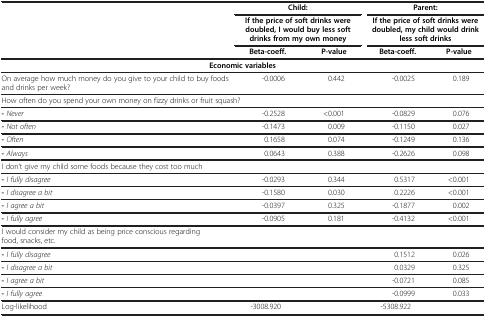
<table><thead><tr><td><b> </b></td><td colspan="2"><b>Child:</b></td><td colspan="2"><b>Parent:</b></td></tr><tr><td><b> </b></td><td colspan="2"><b>If the price of soft drinks were doubled, I would buy less soft drinks from my own money</b></td><td colspan="2"><b>If the price of soft drinks were doubled, my child would drink less soft drinks</b></td></tr><tr><td><b> </b></td><td><b>Beta-coeff.</b></td><td><b>P-value</b></td><td><b>Beta-coeff.</b></td><td><b>P-value</b></td></tr></thead><tbody><tr><td colspan="5"><b>Economic variables</b></td></tr><tr><td>On average how much money do you give to your child to buy foods and drinks per week?</td><td>-0.0006</td><td>0.442</td><td>-0.0025</td><td>0.189</td></tr><tr><td colspan="5">How often do you spend your own money on fizzy drinks or fruit squash?</td></tr><tr><td><b>-</b><i>Never</i></td><td>-0.2528</td><td>&lt;0.001</td><td>-0.0829</td><td>0.076</td></tr><tr><td><b>-</b><i>Not often</i></td><td>-0.1473</td><td>0.009</td><td>-0.1150</td><td>0.027</td></tr><tr><td><b>-</b><i>Often</i></td><td>0.1658</td><td>0.074</td><td>-0.1249</td><td>0.136</td></tr><tr><td><b>-</b><i>Always</i></td><td>0.0643</td><td>0.388</td><td>-0.2626</td><td>0.098</td></tr><tr><td colspan="5">I don’t give my child some foods because they cost too much</td></tr><tr><td><b>-</b><i>I fully disagree</i></td><td>-0.0293</td><td>0.344</td><td>0.5317</td><td>&lt;0.001</td></tr><tr><td><b>-</b><i>I disagree a bit</i></td><td>-0.1580</td><td>0.030</td><td>0.2226</td><td>&lt;0.001</td></tr><tr><td><b>-</b><i>I agree a bit</i></td><td>-0.0397</td><td>0.325</td><td>-0.1877</td><td>0.002</td></tr><tr><td><b>-</b><i>I fully agree</i></td><td>-0.0905</td><td>0.181</td><td>-0.4132</td><td>&lt;0.001</td></tr><tr><td colspan="5">I would consider my child as being price conscious regarding food, snacks, etc.</td></tr><tr><td><b>-</b><i>I fully disagree</i></td><td> </td><td> </td><td>0.1512</td><td>0.026</td></tr><tr><td><b>-</b><i>I disagree a bit</i></td><td> </td><td> </td><td>0.0329</td><td>0.325</td></tr><tr><td><b>-</b><i>I agree a bit</i></td><td> </td><td> </td><td>-0.0721</td><td>0.085</td></tr><tr><td><b>-</b><i>I fully agree</i></td><td> </td><td> </td><td>-0.0999</td><td>0.033</td></tr><tr><td>Log-likelihood</td><td>-3008.920</td><td> </td><td>-5308.922</td><td> </td></tr></tbody></table>